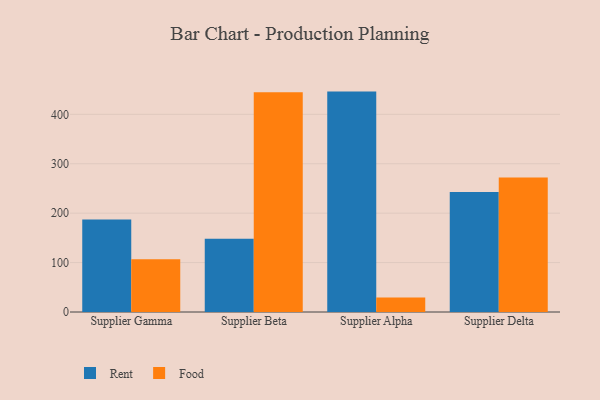
{"axis": {"x": "Supplier", "y": "Active Users"}, "legend": ["Food", "Rent"], "data": [{"x": "Supplier Gamma", "y": 187.3, "type": "Rent"}, {"x": "Supplier Gamma", "y": 106.6, "type": "Food"}, {"x": "Supplier Beta", "y": 148.0, "type": "Rent"}, {"x": "Supplier Beta", "y": 444.8, "type": "Food"}, {"x": "Supplier Alpha", "y": 446.0, "type": "Rent"}, {"x": "Supplier Alpha", "y": 29.5, "type": "Food"}, {"x": "Supplier Delta", "y": 242.6, "type": "Rent"}, {"x": "Supplier Delta", "y": 272.2, "type": "Food"}]}